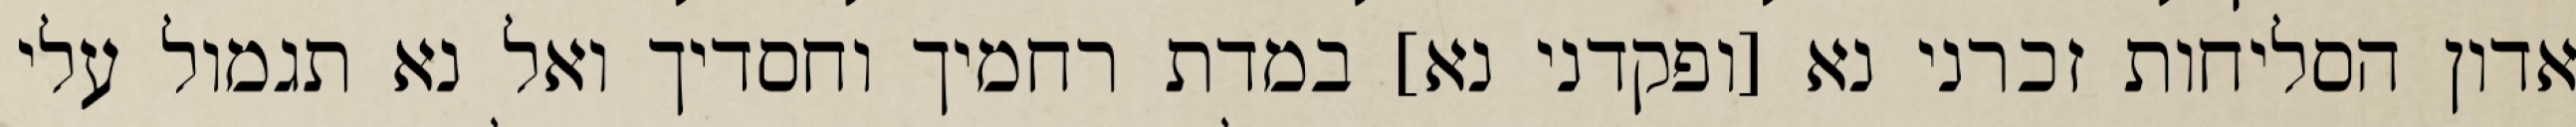
אדון הסליחות זכרני נא [ופקדני נא] במדת רחמיך וחסדיך ואל נא תגמול עלי